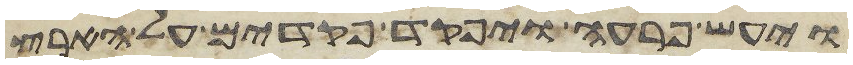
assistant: ויעש פרעה ויפקד פקדים על הארץ